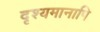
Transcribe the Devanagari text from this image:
दृश्यमानापि